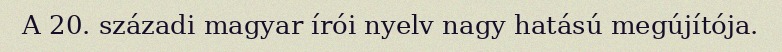
A 20. századi magyar írói nyelv nagy hatású megújítója.